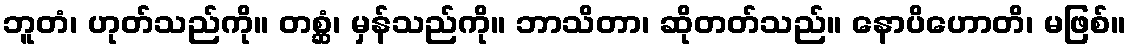
ဘူတံ၊ ဟုတ်သည်ကို။ တစ္ဆံ၊ မှန်သည်ကို။ ဘာသိတာ၊ ဆိုတတ်သည်။ နောပိဟောတိ၊ မဖြစ်။